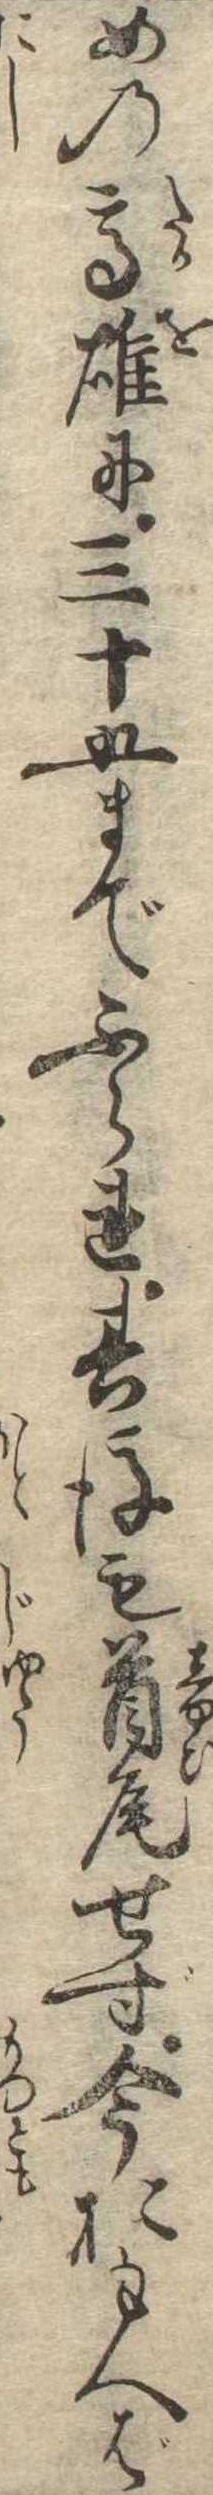
めの高雄に三十五までふられ其後も首尾せず今おもへば